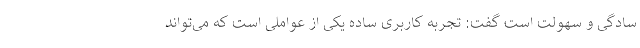
سادگی و سهولت است گفت: تجربه کاربری ساده یکی از عواملی است که می‌تواند